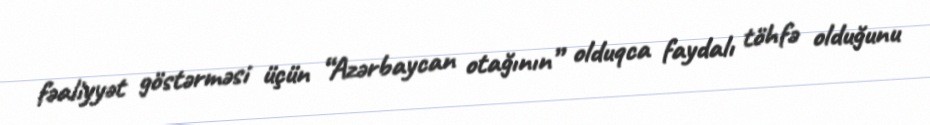
fəaliyyət göstərməsi üçün “Azərbaycan otağının” olduqca faydalı töhfə olduğunu